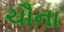
ચૌના